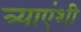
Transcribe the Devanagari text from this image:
त्र्याएंशी